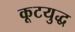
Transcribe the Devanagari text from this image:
कूटयुद्ध